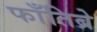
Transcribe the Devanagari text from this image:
फाँतिब्रे